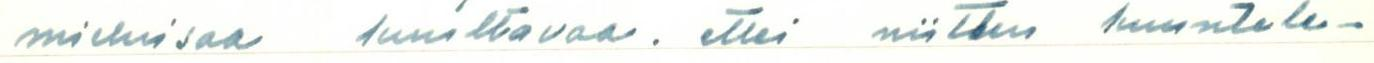
mieluisaa kuultavaa. ettei niitten kuuntele-